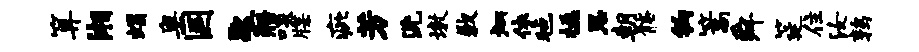
算湘蝎奥国歇寤啖牒疵芳洗墩歉炳依毡楹恩朝髂钩篙舜筵住汝鹑